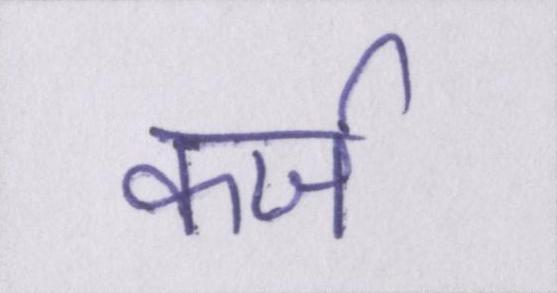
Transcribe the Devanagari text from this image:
कर्ज